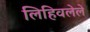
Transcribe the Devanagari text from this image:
लिहिवलेले